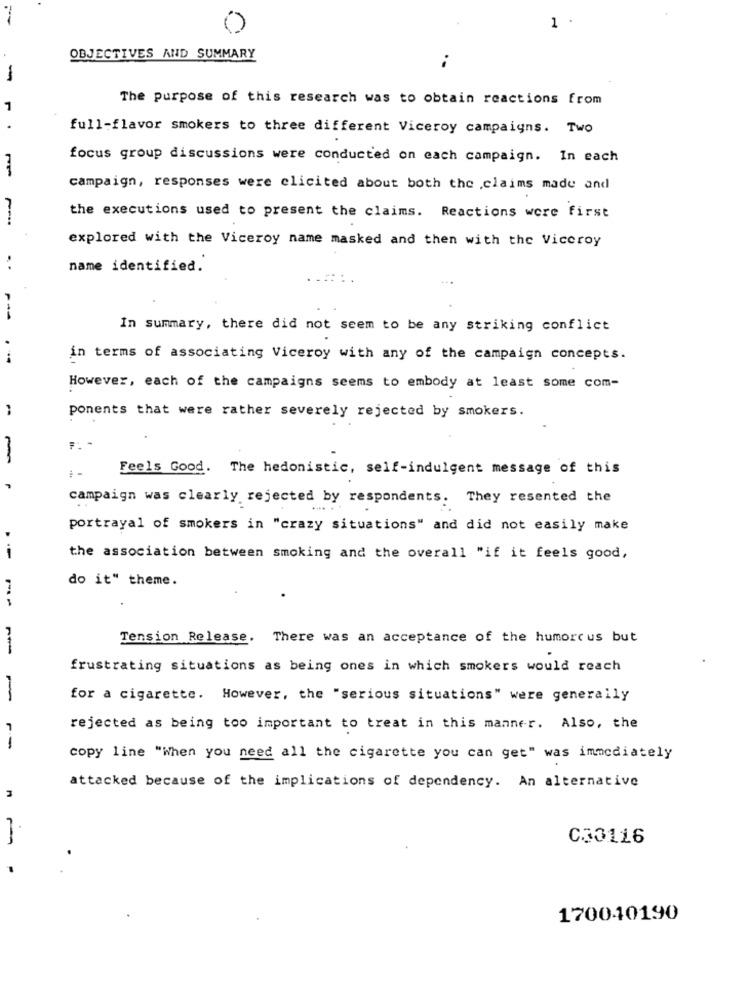
1 .
OBJECTIVES AND SUMMARY
-
The purpose of this research was to obtain reactions from
full-flavor smokers to three different Viceroy campaigns. Two
focus group discussions were conducted on each campaign. In each
campaign, responses were elicited about both the claims made and
the executions used to present the claims. Reactions were first
explored with the Viceroy name masked and then with the Viceroy
..
name identified.
...::.
In summary, there did not seem to be any striking conflict
in terms of associating Viceroy with any of the campaign concepts.
However, each of the campaigns seems to embody at least some com-
ponents that were rather severely rejected by smokers.
Feels Good. The hedonistic, self-indulgent message of this
campaign was clearly rejected by respondents. They resented the
portrayal of smokers in "crazy situations" and did not easily make
-
the association between smoking and the overall "if it feels good,
do it" theme.
Tension Release. There was an acceptance of the humorcus but
frustrating situations as being ones in which smokers would reach
-
for a cigarette. However, the "serious situations" were generally
rejected as being too important to treat in this manner. Also, the
copy line "When you need all the cigarette you can get" was immediately
3
attacked because of the implications of dependency. An alternative
030116
170040190